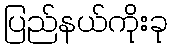
ပြည်နယ်ကိုးခု